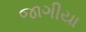
જાગીયા